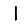
Digit: 1